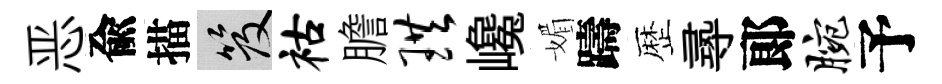
恶兪描笈祜膽珙巉媚躊歴𡬶郞腕予